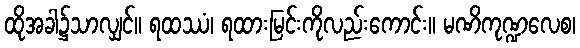
ထိုအခါ၌သာလျှင်။ ရထဿံ၊ ရထားမြင်းကိုလည်းကောင်း။ မဏိကုဏ္ဍလေစ၊